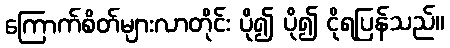
ကြောက်စိတ်များလာတိုင်း ပို၍ ပို၍ ငိုရပြန်သည်။